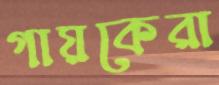
গায়কেরা